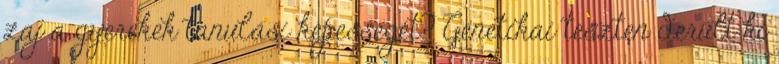
zaj a gyerekek tanulási képességét? Genetikai teszten derült ki